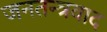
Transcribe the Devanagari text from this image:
जनतन्त्रवाद